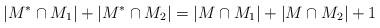
LaTeX: \begin{align*}|M^*\cap M_1|+|M^*\cap M_2|=|M\cap M_1|+|M\cap M_2|+1\end{align*}